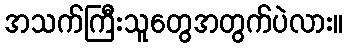
အသက်ကြီးသူတွေအတွက်ပဲလား။